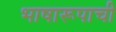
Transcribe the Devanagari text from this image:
भाषारूपाची